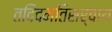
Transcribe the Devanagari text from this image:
तदिदमतिसर्वाय